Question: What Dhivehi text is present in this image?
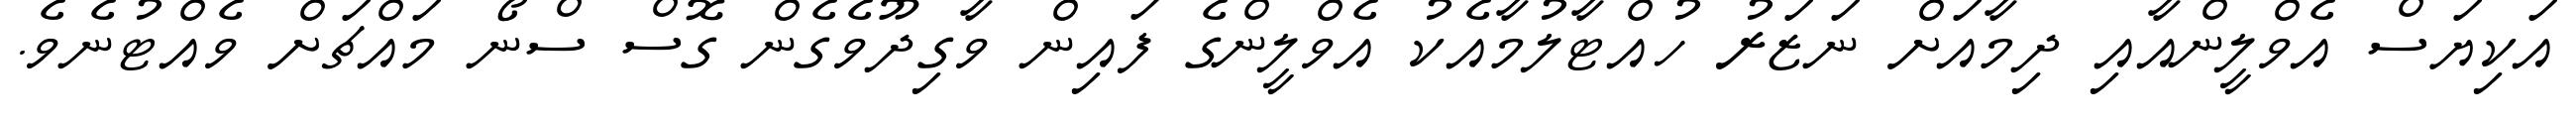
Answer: އަކިޔަސް އެވްލީންއާއި ދިމާއަށް ނަޒަރު ހުއްޓާލުމާއެކު އެވްލީންގެ ފައިން ވާގިދޫވެގެން ގޮސް ސްނޯ މައްޗަށް ވެއްޓުނެވެ.